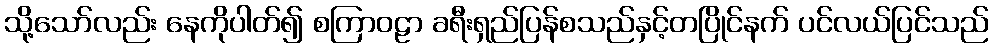
သို့သော်လည်း နေကိုပါတ်၍ စကြာဝဠာ ခရီးရှည်ပြန်စသည်နှင့်တပြိုင်နက် ပင်လယ်ပြင်သည်